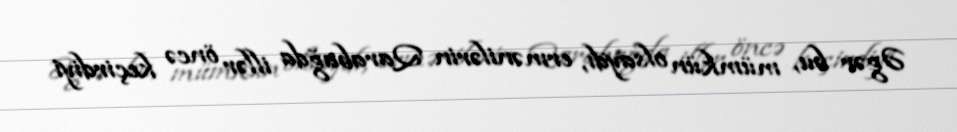
Əgər bu, mümkün olsaydı, ermənilərin Qarabağda illər öncə keçirdiyi